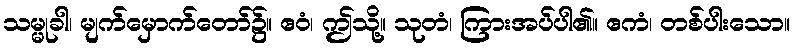
သမ္မုခါ၊ မျက်မှောက်တော်၌။ ဧဝံ၊ ဤသို့။ သုတံ၊ ကြားအပ်ပါ၏။ ဧကံ၊ တစ်ပါးသော။